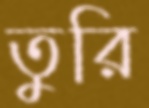
তুরি